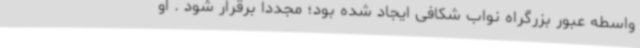
واسطه عبور بزرگراه نواب شکافی ایجاد شده بود؛ مجددا برقرار شود . او